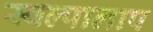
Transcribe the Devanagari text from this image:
स्वल्पालाप